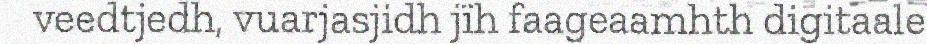
veedtjedh, vuarjasjidh jïh faageaamhth digitaale